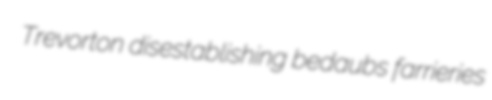
Trevorton disestablishing bedaubs farrieries